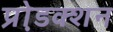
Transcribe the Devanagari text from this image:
प्रो़डक्शन